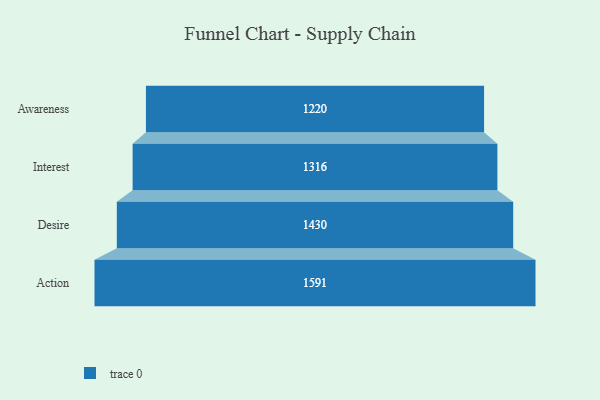
{"axis": {"x": "Stage", "y": "Value"}, "legend": [""], "data": [{"x": "Awareness", "y": 1220.0, "type": ""}, {"x": "Interest", "y": 1316.0, "type": ""}, {"x": "Desire", "y": 1430.0, "type": ""}, {"x": "Action", "y": 1591.0, "type": ""}]}